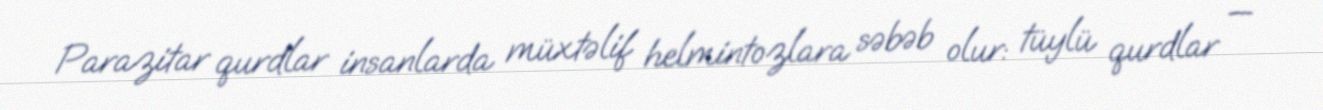
Parazitar qurdlar insanlarda müxtəlif helmintozlara səbəb olur: tüylü qurdlar —